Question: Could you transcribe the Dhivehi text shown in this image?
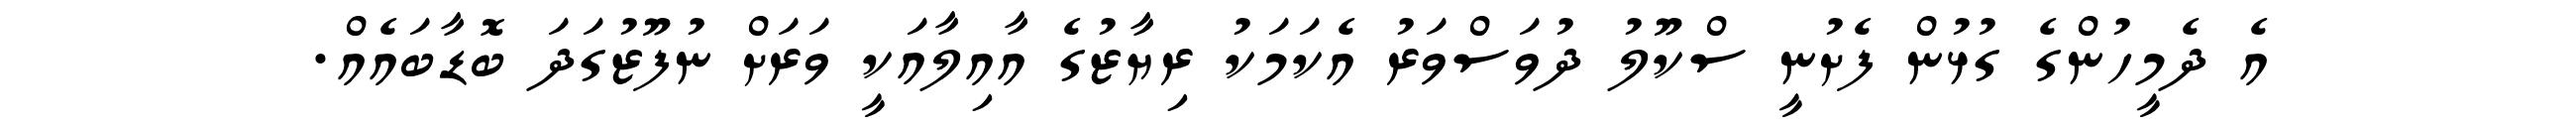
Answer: އެ ދެމީހުންގެ ގުޅުން ފެށުނީ ސްކޫލު ދުވަސްވަރު އެކަމަކު ރިޔާޒުގެ އާއިލާއަކީ ވަރަށް ނުފޫޒުގަދަ ބޮޑާބައެއް.